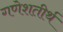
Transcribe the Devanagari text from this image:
गणेशतीर्थ